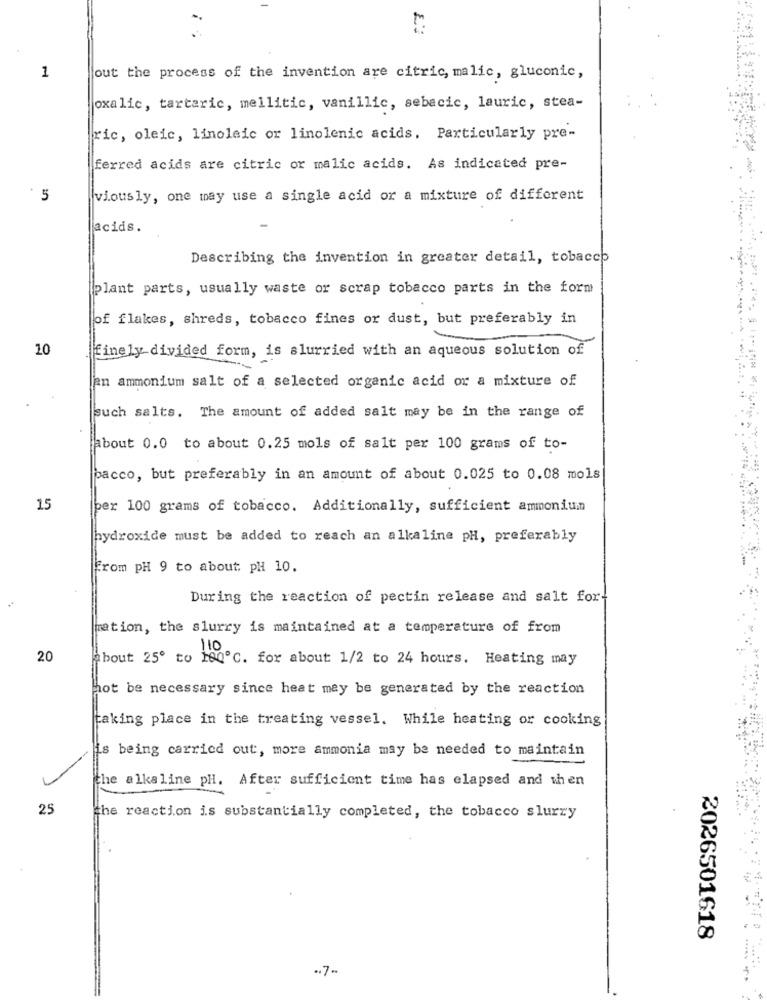
E
1
out the process of the invention are citric, malic, gluconic,
oxalic, tartaric, mellitic, vanillic, sebacic, lauric, stea-
ric, oleic, linoleic or linolenic acids, Particularly pre-
ferred acids are citric or malic acids. As indicated pre-
5
viously, one may use a single acid or a mixture of different
acids.
Describing the invention in greater detail, tobacco
plant parts, usually waste or scrap tobacco parts in the form
of flakes, shreds, tobacco fines or dust, but preferably in
10
finely divided form, is slurried with an aqueous solution of
jan ammonium salt of a selected organic acid or a mixture of.
such salts. The amount of added salt may be in the range of
about 0.0 to about 0.25 mols of salt per 100 grams of to-
pacco, but preferably in an amount of about 0.025 to 0.08 mols
15
per 100 grams of tobacco. Additionally, sufficient ammonium
hydroxide must be added to reach an alkaline pH, preferably
From pH 9 to about: pH 10.
During the reaction of pectin release and salt for-
ration, the slurry is maintained at a temperature of from
20
about 250 to 100℃. for about 1/2 to 24 hours. Heating may
hot be necessary since heat may be generated by the reaction
taking place in the treating vessel. While heating or cooking
is being carried out, more ammonia may be needed to maintain
the alkaline pH. After sufficient time has elapsed and when
25
the reaction is substantially completed, the tobacco slurry
2026501618
..
.. 7-